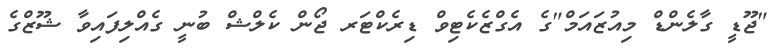
"ޖޫޑީ ގާލެންޑް މިއުޒައަމް"ގެ އެގްޒެކެޓިވް ޑިރެކްޓަރ ޖޯން ކެލްޝް ބުނީ ގެއްލިފައިވާ ޝޫޒްގެ